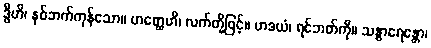
ဒွီဟိ၊ နှစ်ဘက်ကုန်သော။ ဟတ္ထေဟိ၊ လက်တို့ဖြင့်။ ဟဒယံ၊ ရင်ဘတ်ကို။ သန္ဓာရေန္တော၊